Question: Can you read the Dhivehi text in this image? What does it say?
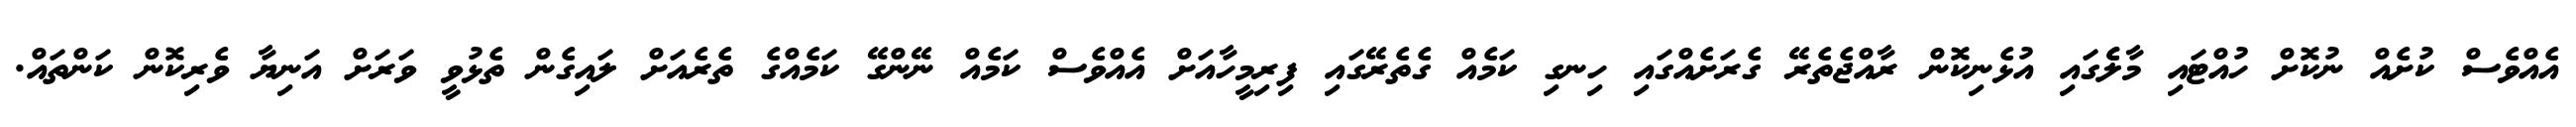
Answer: އެއްވެސް ކުށެއް ނުކޮށް ހުއްޓައި މާލެެގައި އުޅެނިކޮން ރާއްޖެތެރޭ ގެރަށެއްގައި ހިނގި ކަމެއް ގެތެރޭގައި ފިރިމީހާއަށް އެއްވެސް ކަމެއް ނޭންގޭ ކަމެއްގެ ތެރެއަށް ލައިގެން ތެޅުވީ ވަރަށް އަނިޔާ ވެރިކޮން ކަންތައް.